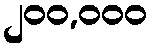
၂၀၀,၀၀၀